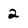
Character: 2